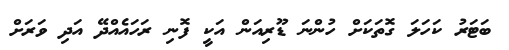
ބަޓަރު ކަހަލަ ގޮތަކަށް ހުންނަ ޑޫރިއަން އަކީ ފޮނި ރަހައެއްދޭ އަދި ވަރަށް